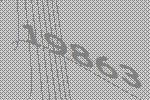
19863